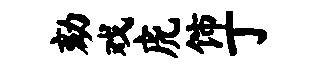
劾戏虎饰丁